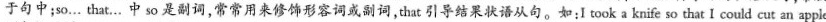
于句中;so… that..中so 是副词,常常用来修饰形容词或副词,that 引导结果状语从句.如:I took a knife so that I could cut an apple